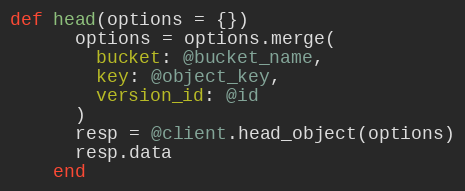
Language: Ruby
def head(options = {})
      options = options.merge(
        bucket: @bucket_name,
        key: @object_key,
        version_id: @id
      )
      resp = @client.head_object(options)
      resp.data
    end